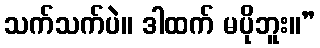
သက်သက်ပဲ။ ဒါထက် မပိုဘူး။”